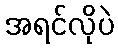
အရင်လိုပဲ